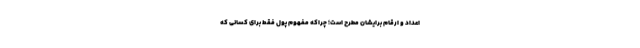
اعداد و ارقام برایشان مطرح است؛ چراکه مفهوم پول فقط برای کسانی که